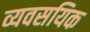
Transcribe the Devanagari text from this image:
व्यवसयिक